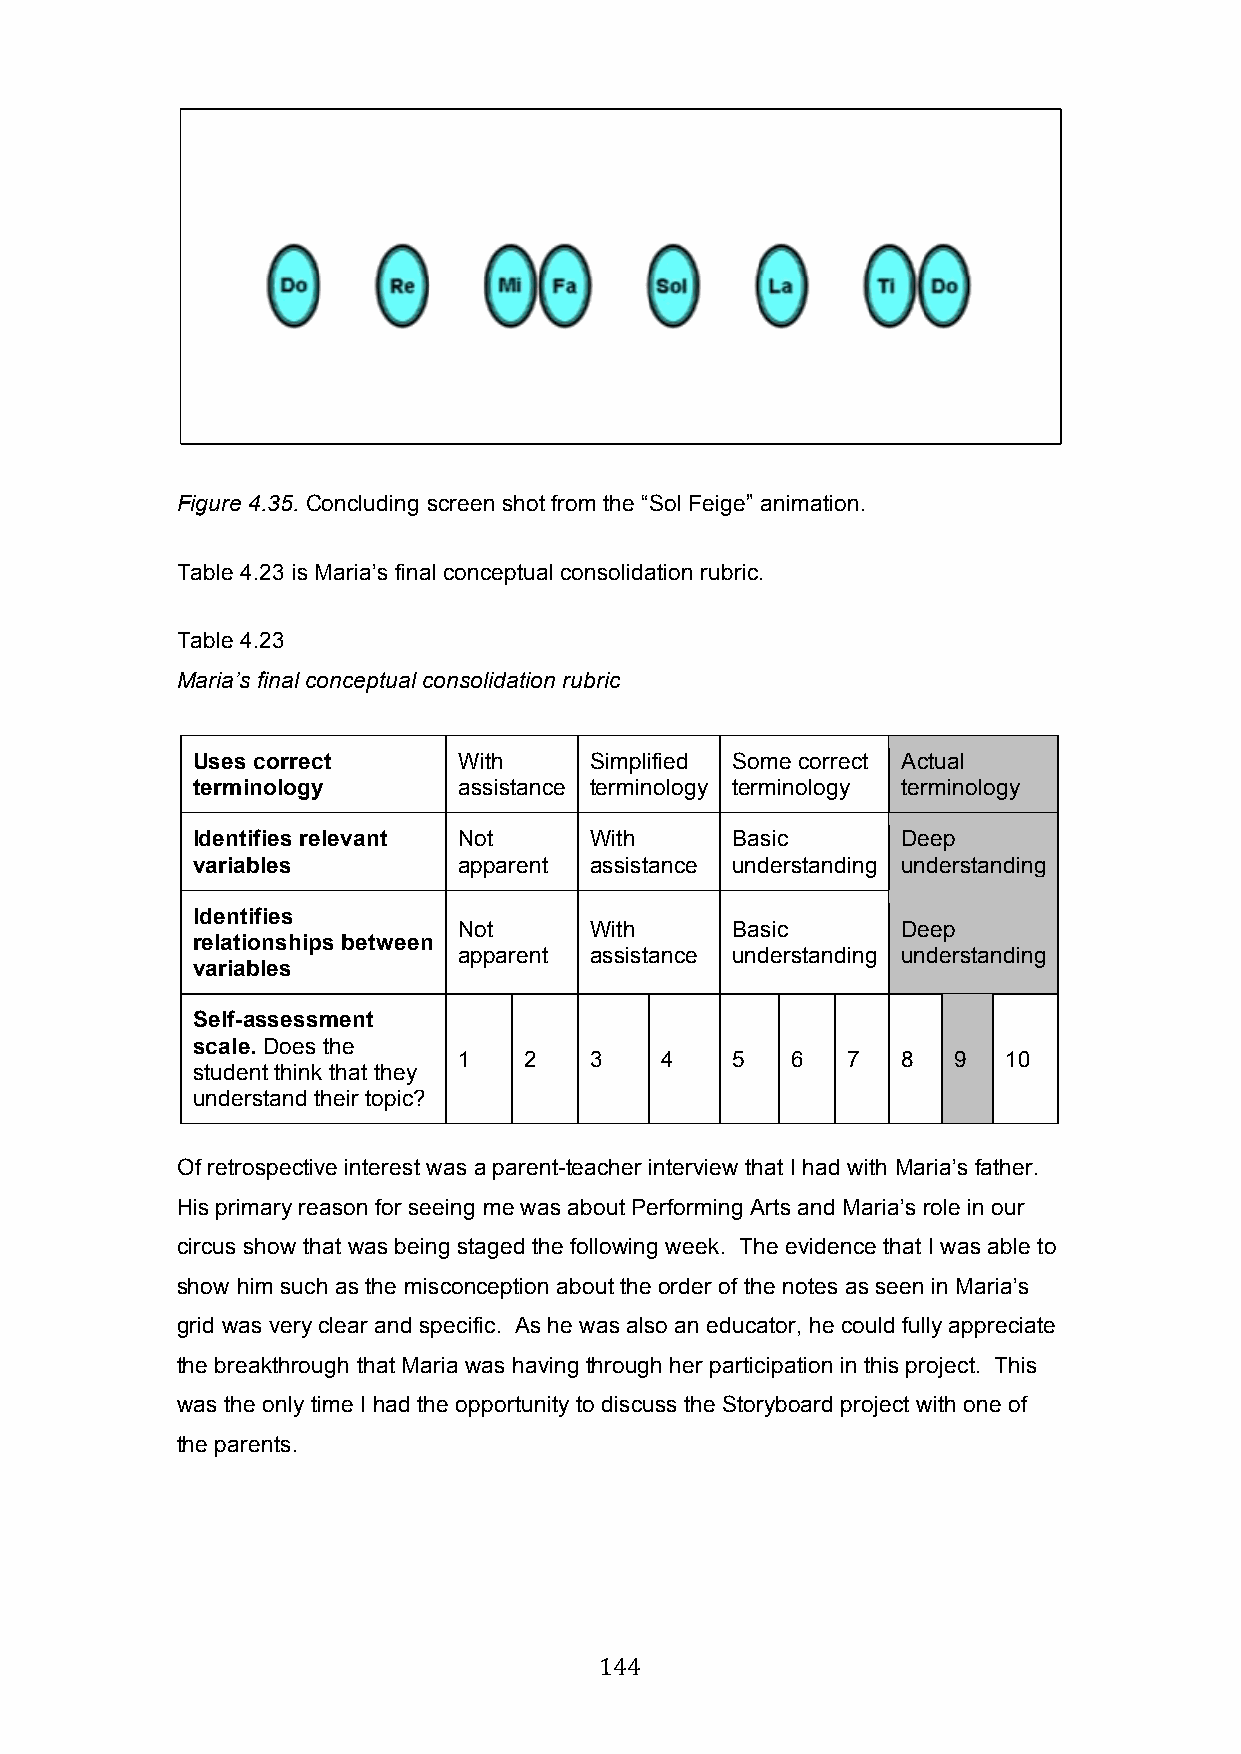
Figure 4.35. Concluding screen shot from the “Sol Feige” animation.
 Table 4.23 is Maria’s final conceptual consolidation rubric.
 Table 4.23
 Maria’s final conceptual consolidation rubric
 Uses correct     With     Simplified Some correct Actual
 terminology      assistance terminology terminology terminology
 Identifies relevant Not   With     Basic       Deep
 variables        apparent assistance understanding understanding
 Identifies
 Not      With     Basic       Deep
 relationships between
 apparent assistance understanding understanding
 variables
 Self-assessment
 scale. Does the
 1    2   3    4   5   6   7   8  9  10
 student think that they
 understand their topic?
 Of retrospective interest was a parent-teacher interview that I had with Maria’s father.
 His primary reason for seeing me was about Performing Arts and Maria’s role in our
 circus show that was being staged the following week. The evidence that I was able to
 show him such as the misconception about the order of the notes as seen in Maria’s
 grid was very clear and specific. As he was also an educator, he could fully appreciate
 the breakthrough that Maria was having through her participation in this project. This
 was the only time I had the opportunity to discuss the Storyboard project with one of
 the parents.
 144